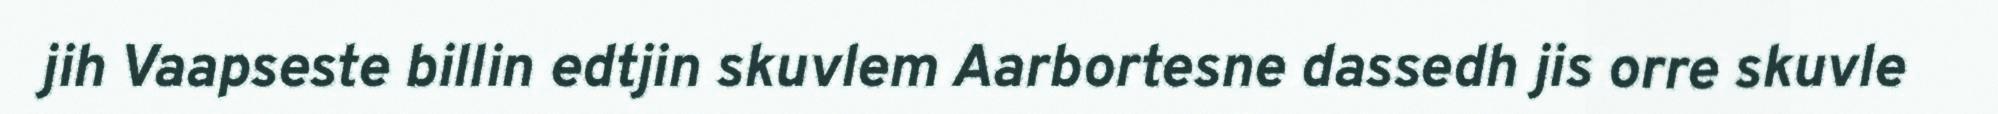
jih Vaapseste billin edtjin skuvlem Aarbortesne dassedh jis orre skuvle